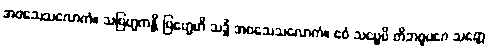
အဝသေသလောကံ။ သဗြဟ္မကန္တိ ဗြဟ္မေဟိ သဒ္ဓိံ အဝသေသလောကံ။ ဧဝံ သဗ္ဗေပိ တိဘဝူပဂေ သတ္တေ